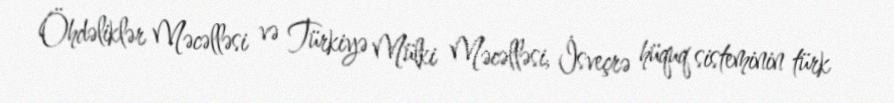
Öhdəliklər Məcəlləsi və Türkiyə Mülki Məcəlləsi, İsveçrə hüquq sisteminin türk